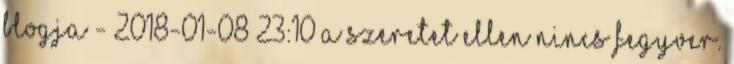
Blogja - 2018-01-08 23:10 A szeretet ellen nincs fegyver.